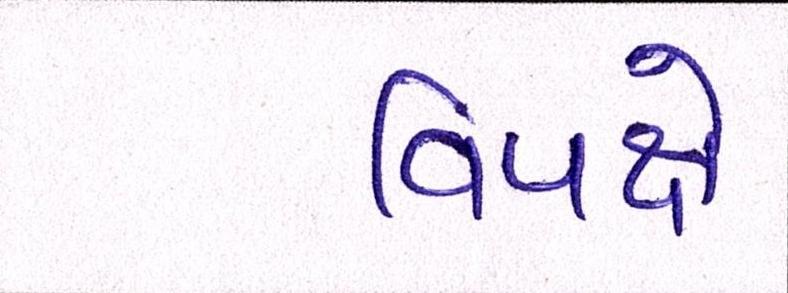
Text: વિપક્ષે